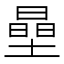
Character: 𱗷